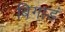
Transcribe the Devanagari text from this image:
बिगाडं